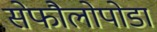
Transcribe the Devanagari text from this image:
सेफौलोपोडा